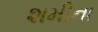
શમીના